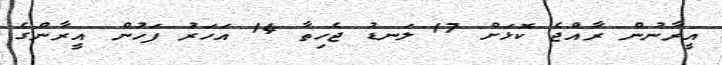
އީރާނުން ރާއްޖެ ކޮޅަށް 17 ލަނޑު ޖެހިތާ 14 އަހަރު ފަހުން އީރާންގެ